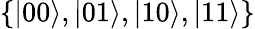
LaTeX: \{ \vert 00\rangle,\vert 01\rangle,\vert 10\rangle,\vert 11\rangle\}